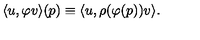
\langle u , \varphi v \rangle ( p ) \equiv \langle u , \rho ( \varphi ( p ) ) v \rangle .